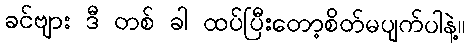
ခင်ဗျား ဒီ တစ် ခါ ထပ်ပြီးတော့စိတ်မပျက်ပါနဲ့။